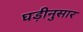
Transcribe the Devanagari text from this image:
घड़ीनुसार